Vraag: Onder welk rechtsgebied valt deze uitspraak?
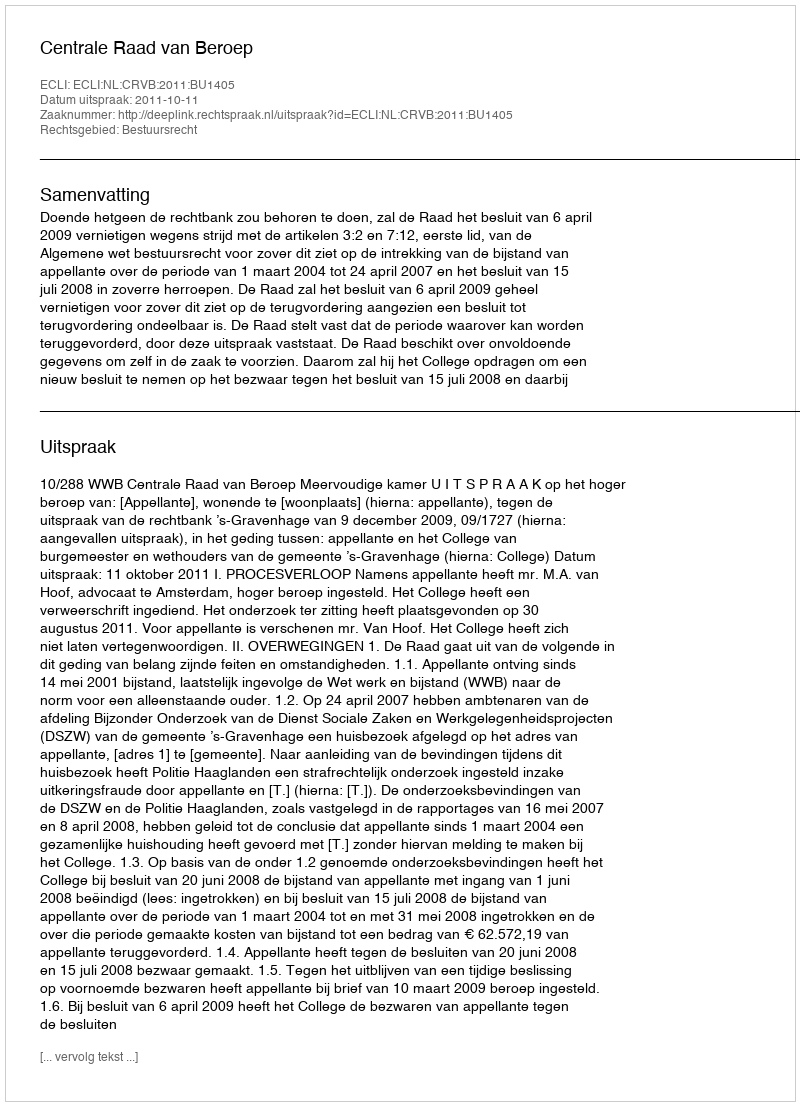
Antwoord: Bestuursrecht